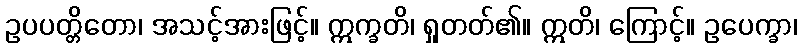
ဥပပတ္တိတော၊ အသင့်အားဖြင့်။ ဣက္ခတိ၊ ရှုတတ်၏။ ဣတိ၊ ကြောင့်။ ဥပေက္ခာ၊